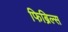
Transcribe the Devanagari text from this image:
फिब्रिल्स